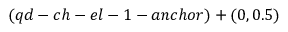
( q d - c h - e l - 1 - a n c h o r ) + ( 0 , 0 . 5 )